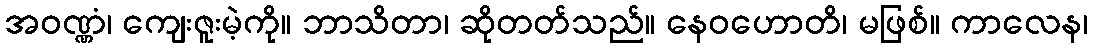
အဝဏ္ဏံ၊ ကျေးဇူးမဲ့ကို။ ဘာသိတာ၊ ဆိုတတ်သည်။ နေဝဟောတိ၊ မဖြစ်။ ကာလေန၊